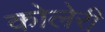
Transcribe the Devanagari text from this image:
कोलेरी